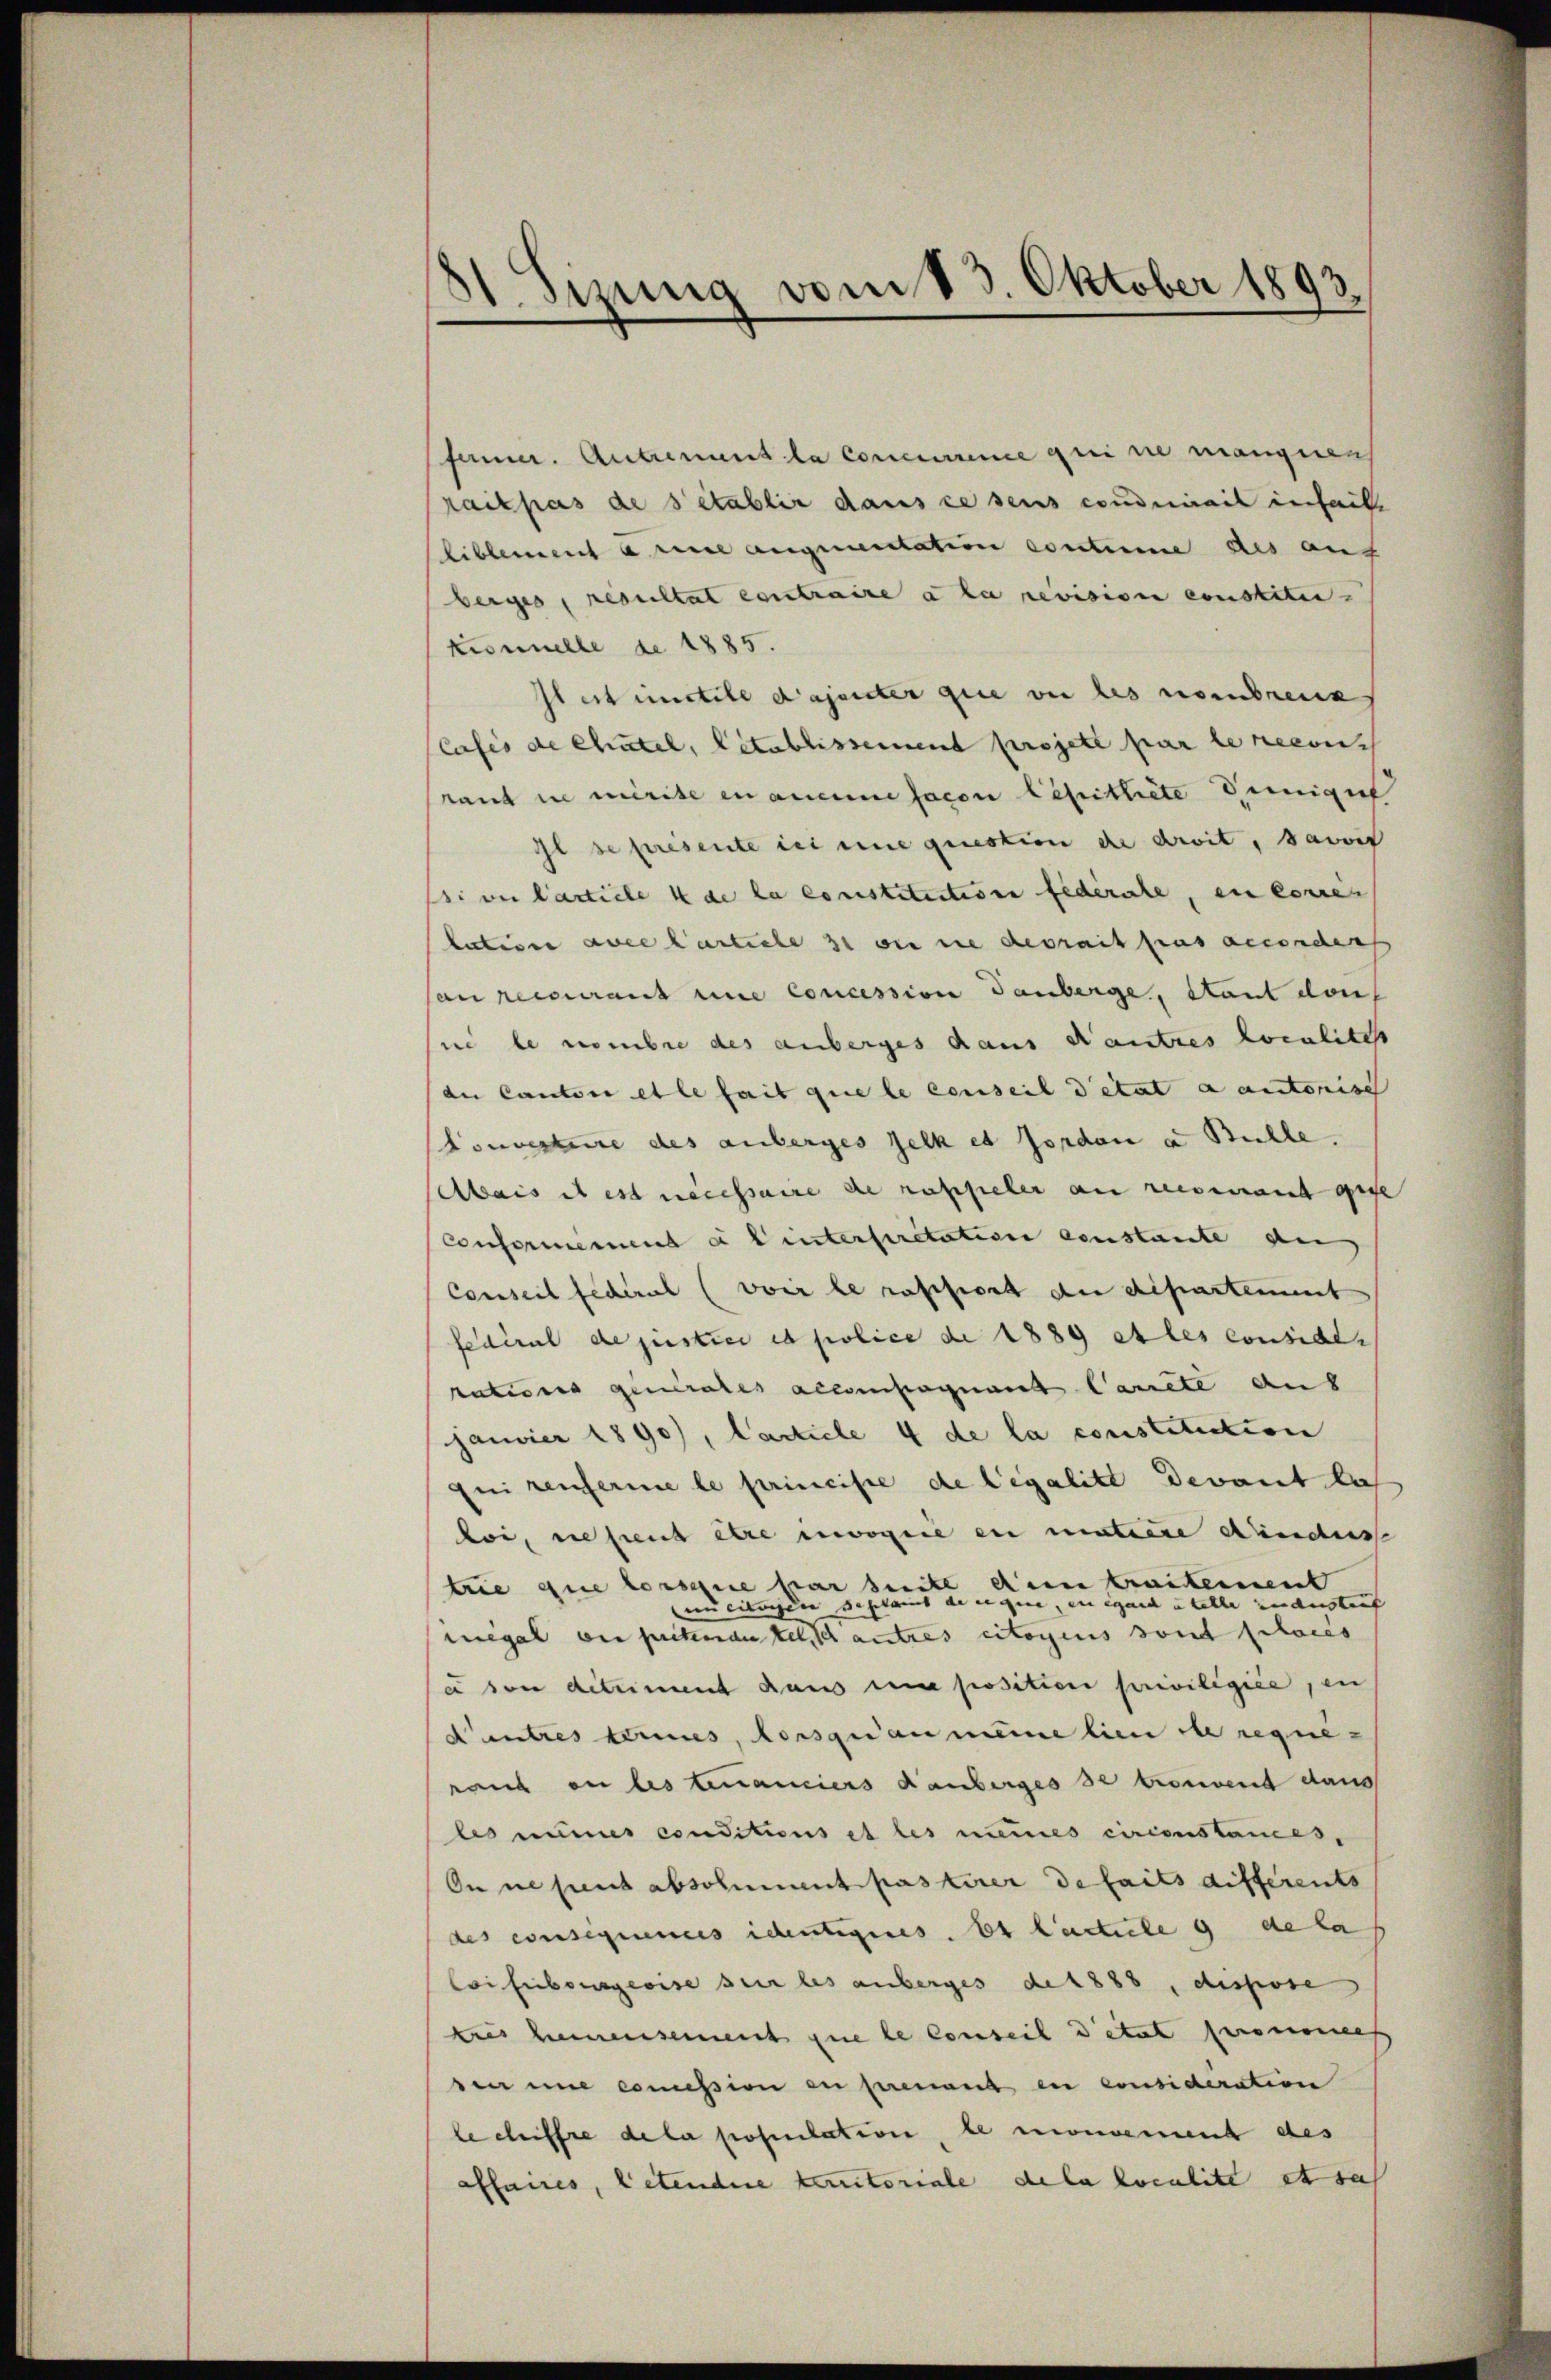
21. Sizung vom 13. Oktober 1893.

famner. Antrenant la Concurrence qui sie mangenh
rait pas des établir dans ce seins conduirais inteil
liblement a nie auquentation coutume des auf
berges, resultat contraite à la revision ernsteten
Kronnelle de 1885.
Ieit instill Dajenter que vor des nombrech
Casis de Chatel, Citablissement projeté par le recons
rand in mirite en aucune facon Lepittete Deinigu
Il se presente in eine question de droit, damit
ssiven Carticle 4 de la constitution federate, en corres
lation alle Carticle 3 wie die devrait pas reconders
Can recourant une concession Tauberge, stant don
sine le nombre des anberges dans Kautres Localitest
de Cantone et le fait que le conseil detat a autorisch
Convestire des anberges selk et forden a Bühle.
bais ist est necessaire de russicher an reisenamt gege
Conformenend a b interseritation constante an
Conseil feceril (von le ratificat der diparteiment
fédéral de justice et police de 1889 et les considen
ruterung generales accompagnant lanete aus
Janvier 1890), Carticle 4 de la constitiation
qui renferme le principe de legalitt devant la
loi, ne peut être envogeie ein miteine Kindes
trie que lorsque par seite den trautenment
un eitungen deshaus de eigene, en égard u telle inderstauf
inégal ein pickmantel antres citoyens sont places
u den detriment dans une position privilégiée, en
Cautres tries, lorsqu’au meine lien die requeraus in bestenanciers danberges se trouvent dans
les numer conditions et les numes circonstances,
On ne peut absolument pasterer details differents
des consequences identigenes. Es factuele 9 de la
Coisibourgeoise sur les anberges de 1888, dispose
kies hemmensement que le Conseil detat prononces
de une comission en prenant en considération
le chiffre dela population, le monderent des
affaires, letendere territoriale dela localite ist sa